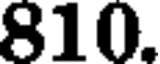
810.